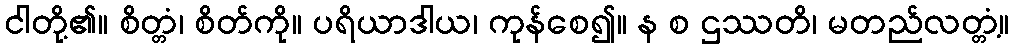
ငါတို့၏။ စိတ္တံ၊ စိတ်ကို။ ပရိယာဒါယ၊ ကုန်စေ၍။ န စ ဌဿတိ၊ မတည်လတ္တံ့။